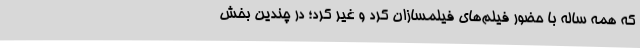
که همه ساله با حضور فيلم‌های فيلمسازان کُرد و غير کُرد؛ در چندین بخش